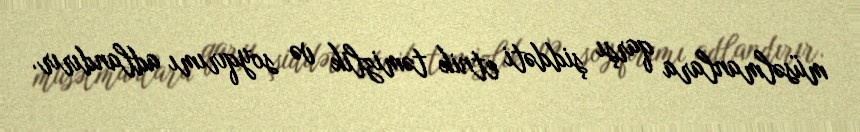
müsəlmanlara qarşı şiddəti etnik təmizlik və soyqırımı adlandırır.